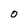
Character: 0